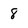
Character: 8